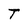
Character: T